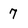
Character: 7